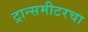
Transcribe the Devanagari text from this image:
ट्रान्समीटरचा